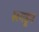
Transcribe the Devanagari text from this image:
लगडून